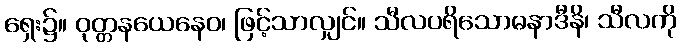
ရှေး၌။ ဝုတ္တနယေနေဝ၊ ဖြင့်သာလျှင်။ သီလပရိသောဓနာဒီနိ၊ သီလကို